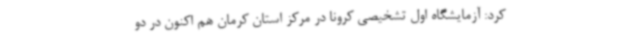
کرد: آزمایشگاه اول تشخیصی کرونا در مرکز استان کرمان هم اکنون در دو